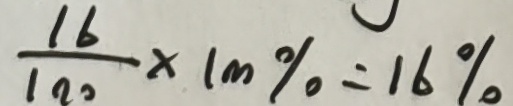
\frac { 1 6 } { 1 0 0 } \times 1 m \% = 1 6 \%